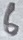
Text: 6